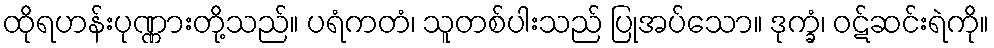
ထိုရဟန်းပုဏ္ဏားတို့သည်။ ပရံကတံ၊ သူတစ်ပါးသည် ပြုအပ်သော။ ဒုက္ခံ၊ ဝဋ်ဆင်းရဲကို။